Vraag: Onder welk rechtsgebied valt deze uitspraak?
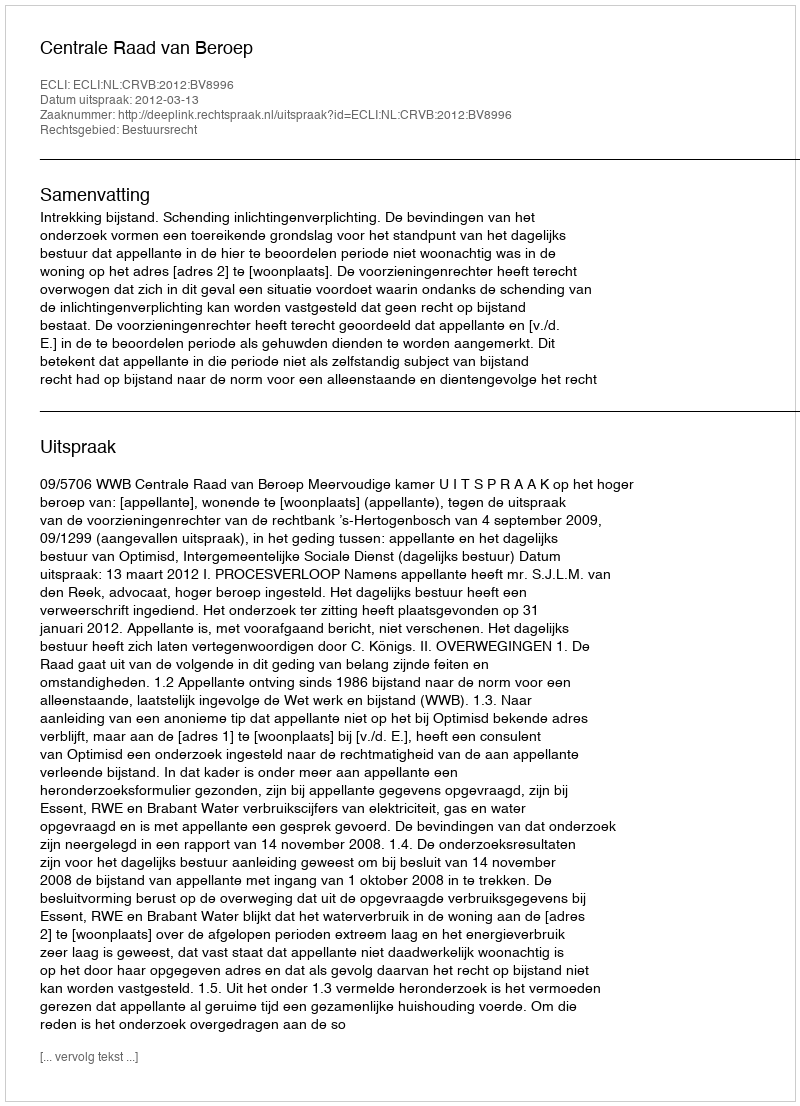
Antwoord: Bestuursrecht